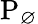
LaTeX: \mathrm{P}_{\varnothing}